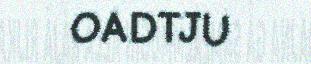
OADTJU